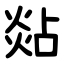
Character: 煔